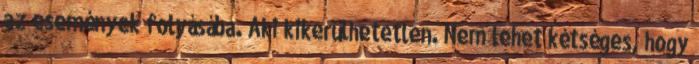
az események folyásába. Aki kikerülhetetlen. Nem lehet kétséges, hogy